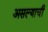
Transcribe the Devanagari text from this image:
असल्‍याची